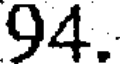
94.